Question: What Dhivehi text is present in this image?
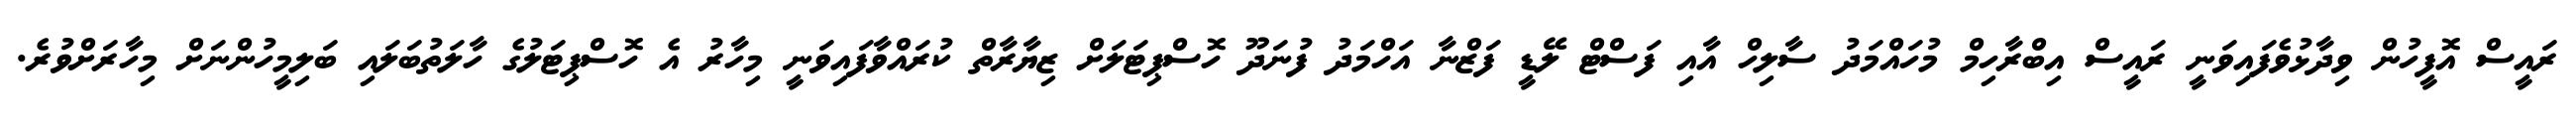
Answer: ރައީސް އޮފީހުން ވިދާޅުވެފައިވަނީ ރައީސް އިބްރާހިމް މުހައްމަދު ސާލިހް އާއި ފަސްޓް ލޭޑީ ފަޒްނާ އަހްމަދު ފުނަދޫ ހޮސްޕިޓަލަށް ޒިޔާރާތް ކުރައްވާފައިވަނީ މިހާރު އެ ހޮސްޕިޓަލުގެ ހާލަތުބަލައި ބަލިމީހުންނަށް މިހާރަށްވުރެ.